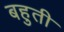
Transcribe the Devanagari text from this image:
बहुती